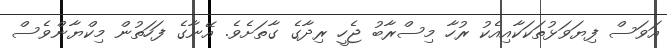
އަވަސް ފިޔަވަޅުތަކަކާއިއެކު ރުހާ މިސްރާބު ޖެހީ ރިދާގެ ގާތަށެވެ. އޭނާގެ ފަހަތުން މިކްޔާންވެސް